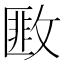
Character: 𢾺